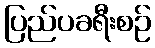
ပြည်ပခရီးစဉ်